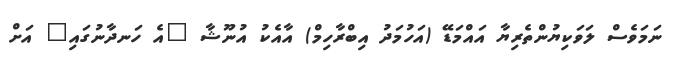
ނަމަވެސް ލަވަކިޔުންތެރިޔާ އައްމަޑޭ (އަހުމަދު އިބްރާހިމް) އާއެކު އުނޫޝާ "އެ ހަނދާނުގައި" އަށް